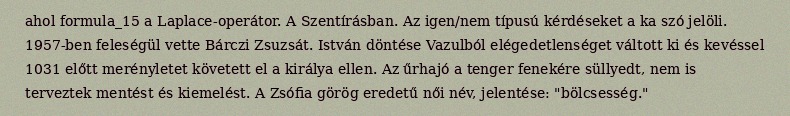
ahol formula_15 a Laplace-operátor. A Szentírásban. Az igen/nem típusú kérdéseket a ka szó jelöli. 1957-ben feleségül vette Bárczi Zsuzsát. István döntése Vazulból elégedetlenséget váltott ki és kevéssel 1031 előtt merényletet követett el a királya ellen. Az űrhajó a tenger fenekére süllyedt, nem is terveztek mentést és kiemelést. A Zsófia görög eredetű női név, jelentése: "bölcsesség."